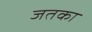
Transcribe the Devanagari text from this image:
जतका